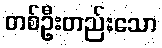
တစ်ဦးတည်းသော